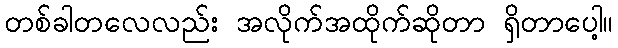
တစ်ခါတလေလည်း အလိုက်အထိုက်ဆိုတာ ရှိတာပေါ့။